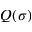
Q ( \sigma )